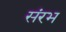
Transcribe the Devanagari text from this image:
संरभ